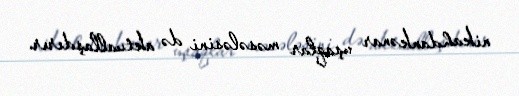
nikahdankənar uşaqlar məsələsini də aktuallaşdırır.